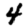
Digit: 4